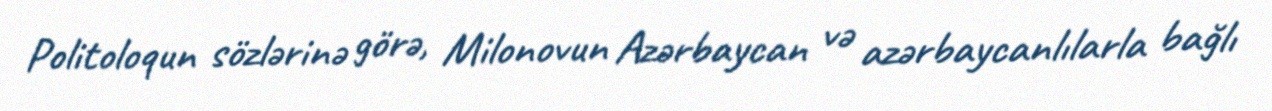
Politoloqun sözlərinə görə, Milonovun Azərbaycan və azərbaycanlılarla bağlı